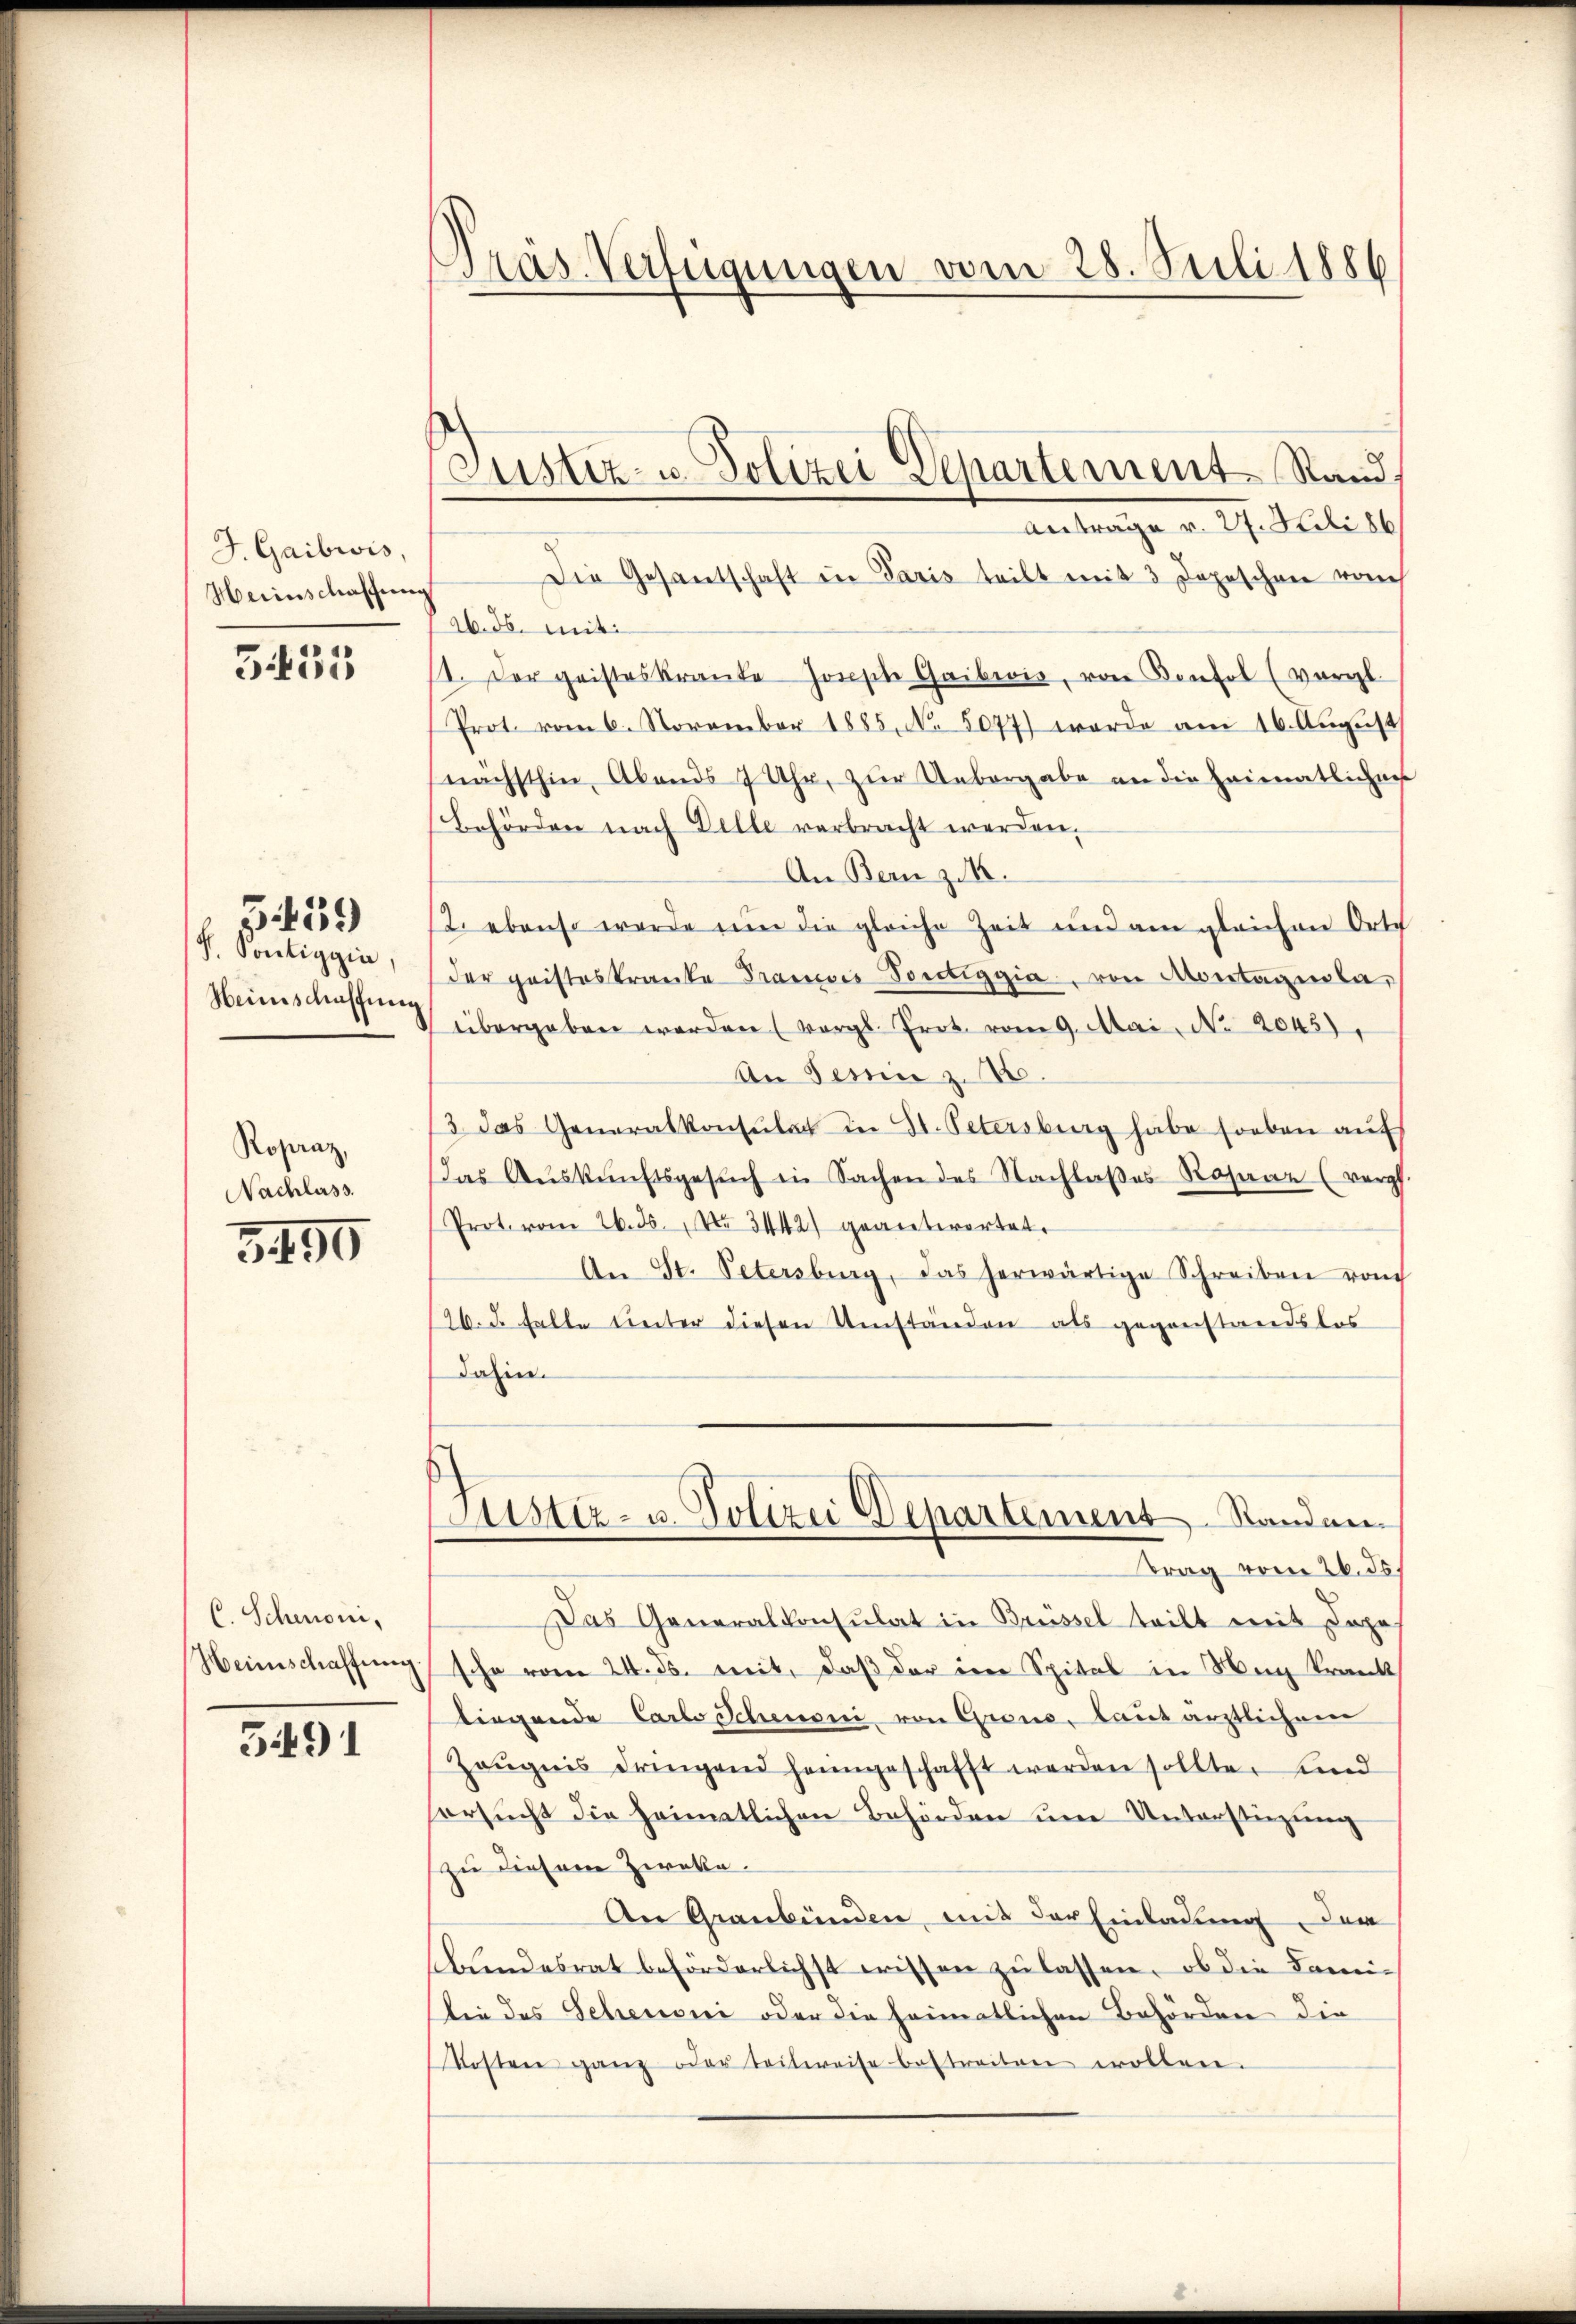
J. Gaibwis,
Heiinschaffung

3455

F. Sontiggia,
Heimschaffung

5459

Rosuaz,
Nachlass.

3490

C. Schon,
Heimschaffung.

5491

Pras. Verfügungen vom 28. Juli 1886

Justiz- u. Polizei Departement Stand.

Antrage v. 27. Juli 186
Die Gesandschaft in Paris teilt mit 3 Depeschen vom
ab.ds. mit
11. Der geisteskrante Joseph Gaibiis, von Konsol (vergl.
Prot. vom 6. November 1885, No. 5077) werde am 16. August
nächsthin, Abends 7 Uhr, zur Uebergabe an die Heimatlichens
Behörden nach Delle verbracht werden.
An Bern z. B.
2. ebenso werde um die gleiche Zeit und am gleichen Orte
der pristeskranke Pranzis Portiggia, von Montagnola,
übergeben werden (vergl. Prot. vom 9. Mai No 2045)
An Senn z. B.
3 das Generalkonsulat der St. Petersburg habe soeben aŭf
das Aŭskŭnftsgesŭch in Sachen des Nachlaßes Rasane (verpf
Prot. vom 26. 35. No 3442) geantwortet.
An St. Petersburg, das herwärtige Schreiben von
126. d. Falle unter diesen Umständen als gegenstandslos
dahin.
ustiz- u. Polizei Departement Standen
trag vom 26. ds.
Das Generalkonsulat in Brüssel teilt mit Lope
sche vom 24. ds. mit, daß der den Spital in Mag krank
liegende Carlo Scheuoni, von Grone, laut ärztlichem
Zeŭgnis dringend heimgeschafft werden sollte, sind
sorsucht die Heimatlichen Behörden um Unterstüzung
zu diesem Zweka.
An Graubünden, mit der Einladung der
bŭndesrat beförderlichst wissen zŭ lassen, ob die Fami-
Die des Schenswei oder die heimatlichen Behörden die
Kosten ganz oder teilweise bestreiten wollen.